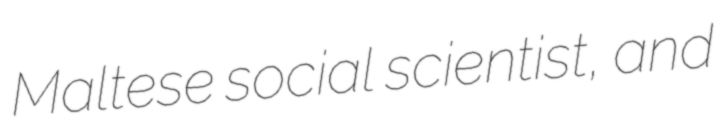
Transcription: Maltese social scientist, and